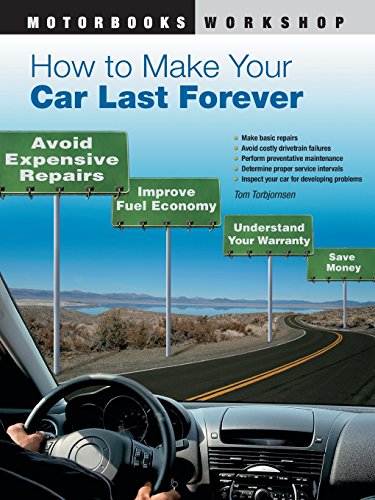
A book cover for How to Make Your Car Last Forever: Avoid Expensive Repairs, Improve Fuel Economy, Understand Your Warranty, Save Money (Motorbooks Workshop); Thomas Torbjornsen; Engineering & Transportation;